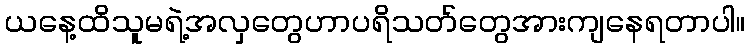
ယနေ့ထိသူမရဲ့အလှတွေဟာပရိသတ်တွေအားကျနေရတာပါ။